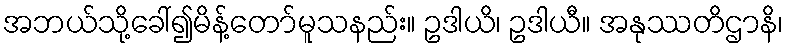
အဘယ်သို့ခေါ်၍မိန့်တော်မူသနည်း။ ဥဒါယိ၊ ဥဒါယီ။ အနုဿတိဌာနိ၊